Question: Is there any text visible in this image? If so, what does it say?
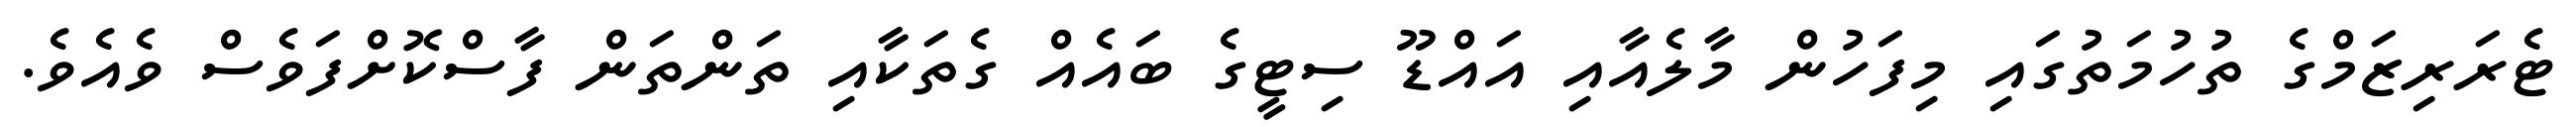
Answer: ޓެރަރިޒަމްގެ ތުހުމަތުގައި މިފަހުން މާލެއާއި އައްޑޫ ސިޓީގެ ބައެއް ގެތަކާއި ތަންތަން ފާސްކޮށްފަވެސް ވެއެވެ.